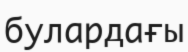
булардағы